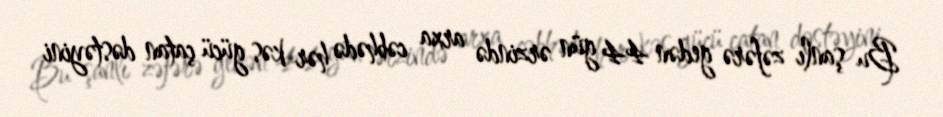
Bu şanlı zəfərə gedən 44 gün ərzində arxa cəbhədə hər kəs gücü çatan dəstəyini